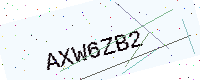
Text: AXW6ZB2